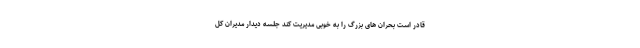
قادر است بحران ‌های بزرگ را به خوبی مدیریت کند جلسه دیدار مدیران کل